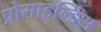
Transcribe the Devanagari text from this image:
प्रोसाइन्डिंस